Vital statistics of India. Vol. IV, Annual returns from 1871 to 1876. British Army of India, Native Army and jails of Bengal
Year: 1871
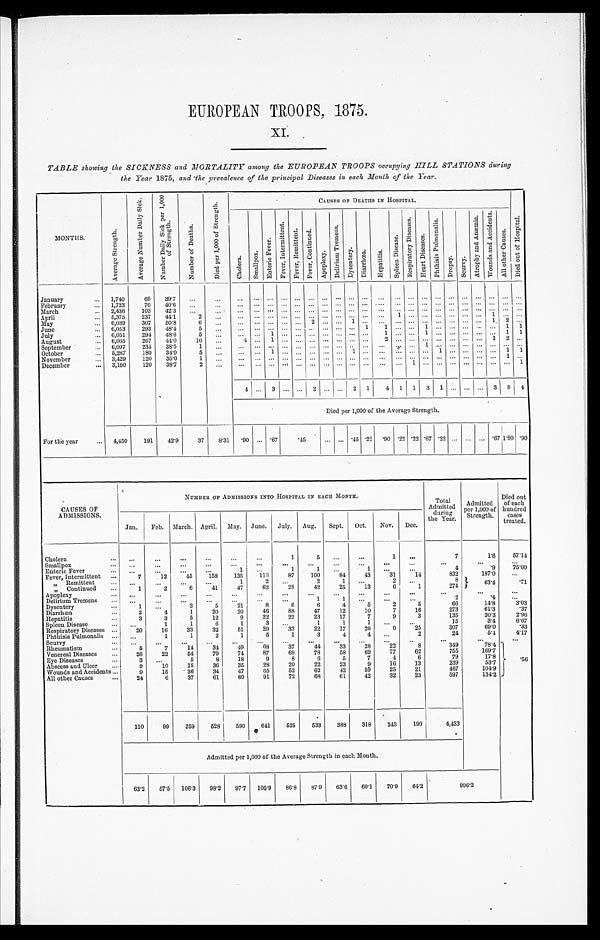
EUROPEAN TROOPS, 1875.
XI.
TABLE showing the SICKNESS and MORTALITY among the EUROPEAN TROOPS occupying HILL STATIONS during
the Year 1875, and the prevalence of the principal Diseases in each Month of the Year.
MONTHS.
A v e r a g e S t r e n g t h .
A v e r a g e N u m b e r D a i l y S i c k . N u m b e r D a i l y S i c k p e r 1 , 0 0 0
o f S t r e n g t h .
N u m b e r o f D e a t h s .
D i e d p e r 1 , 0 0 0 o f S t r e n g t h .
CAUSES OF DEATHS IN HOSPITAL
.
D i e d o u t o f H o s p i t a l .
C h o l e r a .
S m a l l p o x .
E n t e r i c F e v e r s .
F e v e r , I n t e r m i t t e n t .
F e v e r , R e m i t t e n t . F e v e r , C o n t i n u e d .
A p o p l e x y .
D e l i r i u m T r e m e n s .
D y s e n t e r y .
D i a r r h œ a . H e p a t i t i s .
S p l e e n D i s e a s e s .
R e s p i r a t o r y D i s e a s e s .
H e a r t D i s e a s e s .
P h t h i s i s P u l m o n a l i s .
D r o p s y . S c u r v y .
A t r o p h y a n d A n æ m i a .
W o u n d s a n d A c c i d e n t s .
A l l o t h e r C a u s e s .
January
1,740 69 39.7
February
1,723 70 40.6
March
2,436 103 42.3
April
5,375 237 44.1
2
1
1
May
6,039 307 50.8 6
2
1
1 2
June
6,053 293 48.4 5
1 1
1
11
July
6,051 294 48.6
5
1
1
1
11
August
6,065 267 44.0 10
4 1
2
1 2
September
6,097 235 38.5
1
1
October
5,287 180 34.0 5
1
1
1
1 1
November
3,429 120 35.0 1
1
December
3,100 120 38.7
2
1
1
4 3
2
2 1 4 1 1 3 1
3 8 4
Died per 1,000 of the Average Strength.
For the year
4,450 191 42.9 37 8.31 . 9 0 .67
. 4 5
. 4 5 . 2 2 . 9 0 .22 .22 .67 .22
. 6 7 1.80 .90
CAUSES OF
ADMISSIONS.
NUMBER OF ADMISSIONS INTO HOSPITAL IN EACH MONTH.
Total
Admitted during
the Year.
Admitted
per 1,000 of
Strength.
Died out
of each
hundred c a s e s
treated.
Jan. Feb. March. April. May. June. July. Aug. Sept. Oct. Nov. Dec.
Cholera
1
5
1
7
1.6
5 7 . 1 4
Smallpox Enteric Fever
1
1
1
1
4
. 9 7 5 . 0 0
Fever, Intermittent
7 12 45 158 135 116 87 100 84
4 3 31 14
832
187.0
„ Remittent
1
2
2
1
2
8
6 3 . 4
. 7 1
„ Continued
1
2
6 41 47 62 28 42 25 13
6
1
274
Apoplexy Delirium Tremens
1
1
2
.4
Dysentery
1
3
5 21
8
6
6
4
5
2
5
66
14.8 3.03
Diarrhœa
2
4
1 20 20 46 88 47 12 10
7 16
273
61.3
. 3 7
Hepatitis
3
3
5 12
9 22 22 23 17
7
9
3
135
30.3 2 . 9 6
Spleen Disease
1
1
6
1
3
1
1
1
15
3.4 6 . 6 7
Respiratory Diseases
20 16 33 32 51 29 33 22 17 20
9 25
307
69.0
. 3 3
Phthisis Pulmonalis
1
1
2
1
5
1
3
4
4
2
24
5 . 4 4 . 1 7
Scurvy
Rheumatism
5
7 14
3 4 49 68 37 44 33 28 22
8
349
78.4
. 5 6
Venereal Diseases
26 22 54 79 74 87 69 78 58 69 77 62
755
169.7
Eye Diseases
3
6
8 18
9
8
6
5
7
4
6
79
17.8
Abscess and Ulcer
9 10 18 36 35 28 20 22 23
9 16 13
239
53.7
Wounds and Accidents
9 15 36 34 47 65
5 2 62 42 59 25 21
467
104.9
All other Causes
24
6 37 61 80 91 72 68 61 42 32 23
5 9 7
134.2
110 99 259
5 2 8 590 641
5 2 5 533 388 318 243 199
4,433
Admitted per 1,000 of the Average Strength in each Month.
63.2 57.5 106.3 98.2 97.7 105.9 86.8 87.9 63.6 60.1 70.9 64.2
9 9 6 . 2